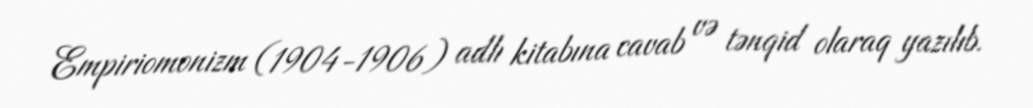
Empiriomonizm (1904-1906) adlı kitabına cavab və tənqid olaraq yazılıb.